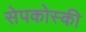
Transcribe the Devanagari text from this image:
सेपकोस्की